Lunatic asylums Madras 1877-1891 - 1877-1891
Year: 1877
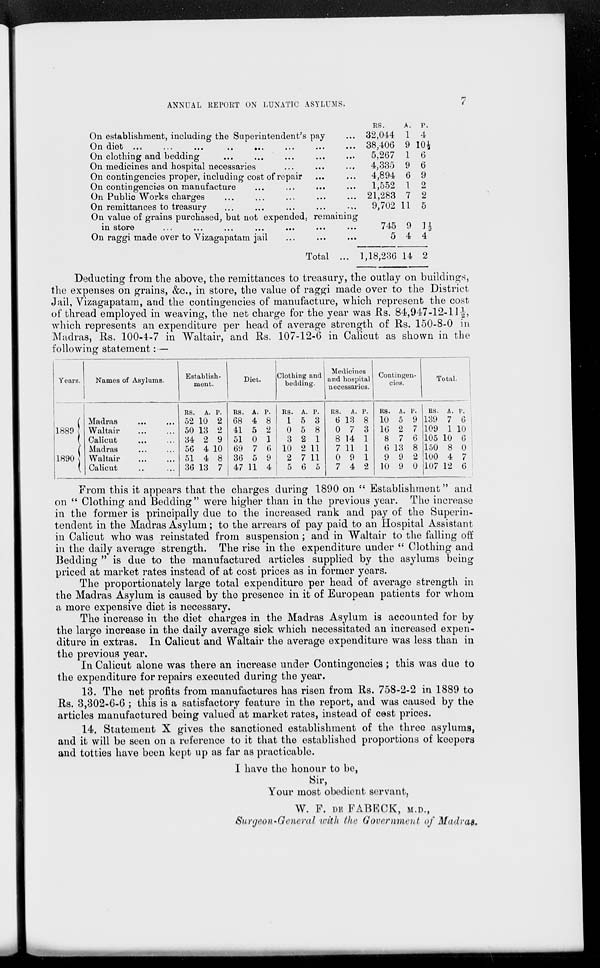
ANNUAL REPORT ON LUNATIC ASYLUMS.
7
On establishment, including the Superintendent's pay ...
On diet ... ... ... ... ... ... ... ...
On clothing and bedding
...
...
...
...
On medicines and hospital necessaries
...
...
...
On contingencies proper, including cost of repair
...
...
On contingencies on manufacture ... ... ... ...
On Public Works charges
...
...
...
...
On remittances to treasury ... ... ... ...
On value of grains purchased, but not expended, remaining
in store ... ... ... ... ... ... ...
On raggi made over to Vizagapatam jail ... ... ...
Total ...
RS.
32,044
38,406
5,267
4,335
4,894
1,552
21,283
9,702
745
5
1,18,236
A.
1
9
1
9
6
1
7
11
9
4
14
P.
4
104
6
6
9
2
2
5
1½
4
2
Deducting from the above, the remittances to treasury, the outlay on buildings,
the expenses on grains, &c, in store, the value of raggi made over to the District
Jail, Vizagapatam, and the contingencies of manufacture, which represent the cost
of thread employed in weaving, the net charge for the year was Rs. 84,947-12-11 ½,
which represents an expenditure per head of average strength of Rs. 150-8-0 in
Madras, Rs. 100-4-7 in Waltair, and Rs. 107-12-6 in Calicut as shown in the
following statement: —
Years.
1889
1890
Names of Asylums.
Madras
...
...
Waltair ... ...
Calicut ... ...
Madras ... ...
Waltair
...
...
Calicut ... ...
Establish-
ment.
RS.
52
50
34
56
51
36
A.
10
13
2
4
4
13
P.
2
2
9
10
8
7
Diet.
RS.
68
41
51
69
36
47
A.
4
5
0
7
5
11
P.
8
2
1
6
9
4
Clothing and
bedding.
RS.
1
0
3
10
2
5
A.
5
5
2
2
7
6
P.
3
8
1
11
11
5
Medicines
and hospital
necessaries.
RS.
6
0
8
7
0
7
A.
13
7
14
11
9
4
P.
8
3
1
1
1
2
Contingen-
cies.
RS.
10
16
8
6
9
10
A.
5
2
7
13
9
9
P.
9
7
6
8
2
0
Total.
RS.
139
109
105
150
100
107
A.
7
1
10
8
4
12
P.
6
10
6
0
7
6
From this it appears that the charges during 1890 on " Establishment" and
on " Clothing and Bedding" were higher than in the previous year. The increase
in the former is principally due to the increased rank and pay of the Superin-
tendent in the Madras Asylum; to the arrears of pay paid to an Hospital Assistant
in Calicut who was reinstated from suspension; and in Waltair to the falling off
in the daily average strength. The rise in the expenditure under " Clothing and
Bedding " is due to the manufactured articles supplied by the asylums being
priced at market rates instead of at cost prices as in former years.
The proportionately large total expenditure per head of average strength in
the Madras Asylum is caused by the presence in it of European patients for whom
a more expensive diet is necessary.
The increase in the diet charges in the Madras Asylum is accounted for by
the large increase in the daily average sick which necessitated an increased expen-
diture in extras. In Calicut and Waltair the average expenditure was less than in
the previous year.
In Calicut alone was there an increase under Contingencies; this was due to
the expenditure for repairs executed during the year.
13. The net profits from manufactures has risen from Rs. 758-2-2 in 1889 to
Rs. 3,302-6-6 ; this is a satisfactory feature in the report, and was caused by the
articles manufactured being valued at market rates, instead of cost prices.
14. Statement X gives the sanctioned establishment of the three asylums,
and it will be seen on a reference to it that the established proportions of keepers
and totties have been kept up as far as practicable.
I have the honour to be,
Sir,
Your most obedient servant,
W. F. DE FABECK, M.D.,
Surgeon-General with the Government of Madras.